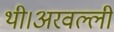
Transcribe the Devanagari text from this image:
थी।अरवल्ली